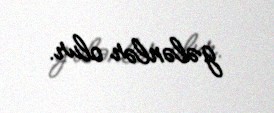
gələnlər olur.